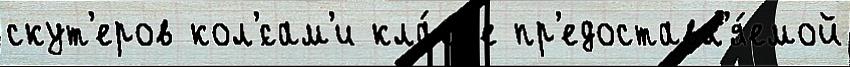
скут'еров кол'́сам'и кла́сс'е пр'едоставл'я́емой